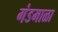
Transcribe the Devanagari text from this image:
गंडमाळा